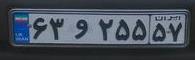
۶۳و۲۵۵۵۷